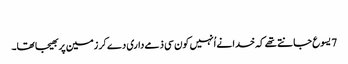
‏
7 یسوع جانتے تھے کہ خدا نے اُنہیں کون سی ذمےداری دے کر زمین پر بھیجا تھا۔